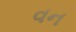
વન